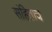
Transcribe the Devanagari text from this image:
संहिताच